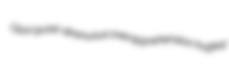
Glori quasi-strenuous overapprehension hugest